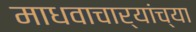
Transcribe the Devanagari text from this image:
माधवाचार्यांच्या